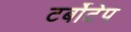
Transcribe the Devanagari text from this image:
टर्बोटेप